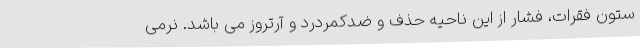
ستون فقرات، فشار از این ناحیه حذف و ضدکمردرد و آرتروز می باشد. نرمی